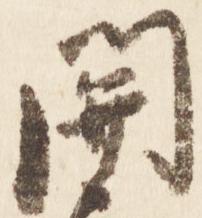
関